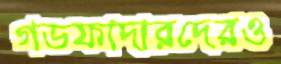
গডফাদারদেরও